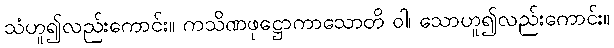
သံဟူ၍လည်းကောင်း။ ကသိဏဖုဋ္ဌောကာသောတိ ဝါ၊ သောဟူ၍လည်းကောင်း။